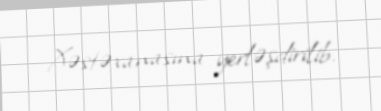
Xəstəxanasına yerləşdirilib.